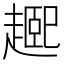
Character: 𬦘